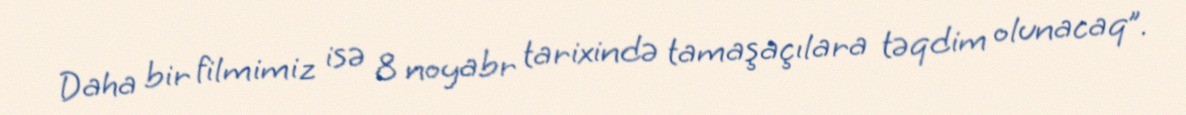
Daha bir filmimiz isə 8 noyabr tarixində tamaşaçılara təqdim olunacaq”.